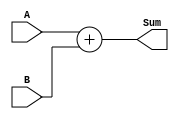
`timescale 1ns / 1ps
//////////////////////////////////////////////////////////////////////////////////
// Company: 
// Engineer: 
// 
// Design Name: 
// Module Name: adder19
// Project Name: 
// Target Devices: 
// Tool Versions: 
// Description: 
// 
// Dependencies: 
// 
// Revision:
// Revision 0.01 - File Created
// Additional Comments:
// 
//////////////////////////////////////////////////////////////////////////////////


module adder19(
input signed[18:0]A,
input signed[18:0]B,
output signed[19:0]Sum
    );
    assign Sum=A+B;
endmodule